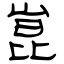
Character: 崑